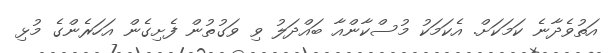
އަތުވެދާނެ ކަމަކަށް. އެކަމަކު މުސްކާންއާ ބައްދަލު ވި ވަގުތުން ފެށިގެން އަހަރެންގެ މުޅި